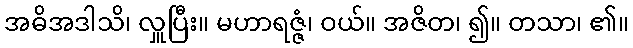
အဓိအဒါသိ၊ လှူပြီး။ မဟာရဇ္ဇံ၊ ဝယ်။ အဇိတ၊ ၍။ တသာ၊ ၏။